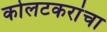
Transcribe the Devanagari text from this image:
कोलटकरांचा